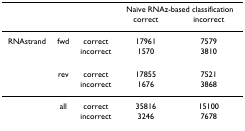
<table><thead><tr><td></td><td></td><td></td><td colspan="2"><b>Naïve RNAz-based classification</b></td></tr><tr><td></td><td></td><td></td><td><b>correct</b></td><td><b>incorrect</b></td></tr></thead><tbody><tr><td>RNAstrand</td><td>fwd</td><td>correct</td><td>17961</td><td>7579</td></tr><tr><td></td><td></td><td>incorrect</td><td>1570</td><td>3810</td></tr><tr><td></td><td>rev</td><td>correct</td><td>17855</td><td>7521</td></tr><tr><td></td><td></td><td>incorrect</td><td>1676</td><td>3868</td></tr><tr><td></td><td>all</td><td>correct</td><td>35816</td><td>15100</td></tr><tr><td></td><td></td><td>incorrect</td><td>3246</td><td>7678</td></tr></tbody></table>